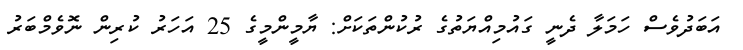
އަބަދުވެސް ހަމަލާ ދެނީ ގައުމިއްޔަތުގެ ރުކުންތަކަށް: ޔާމީންމީގެ 25 އަހަރު ކުރިން ނޮވެމްބަރު